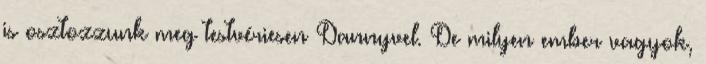
is osztozzunk meg testvériesen Dannyvel. De milyen ember vagyok,